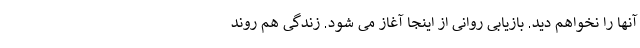
آنها را نخواهم دید. بازیابی روانی از اینجا آغاز می شود. زندگی هم روند